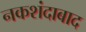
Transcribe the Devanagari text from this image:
नकशंदाबाद